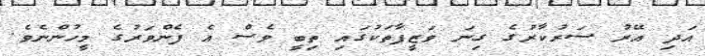
އަދި އޭރު ސަރުކާރުގެ ގިނަ ވަޒީފާތަކުގައި ތިބީ ވެސް އެ ފެންވަރުގެ މީހުންނެވެ.